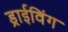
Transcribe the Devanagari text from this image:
ड्राईविंग